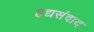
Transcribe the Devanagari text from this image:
हद्यसंवाद